Vabadussoja_Ajaloo_Komitee, lk 8
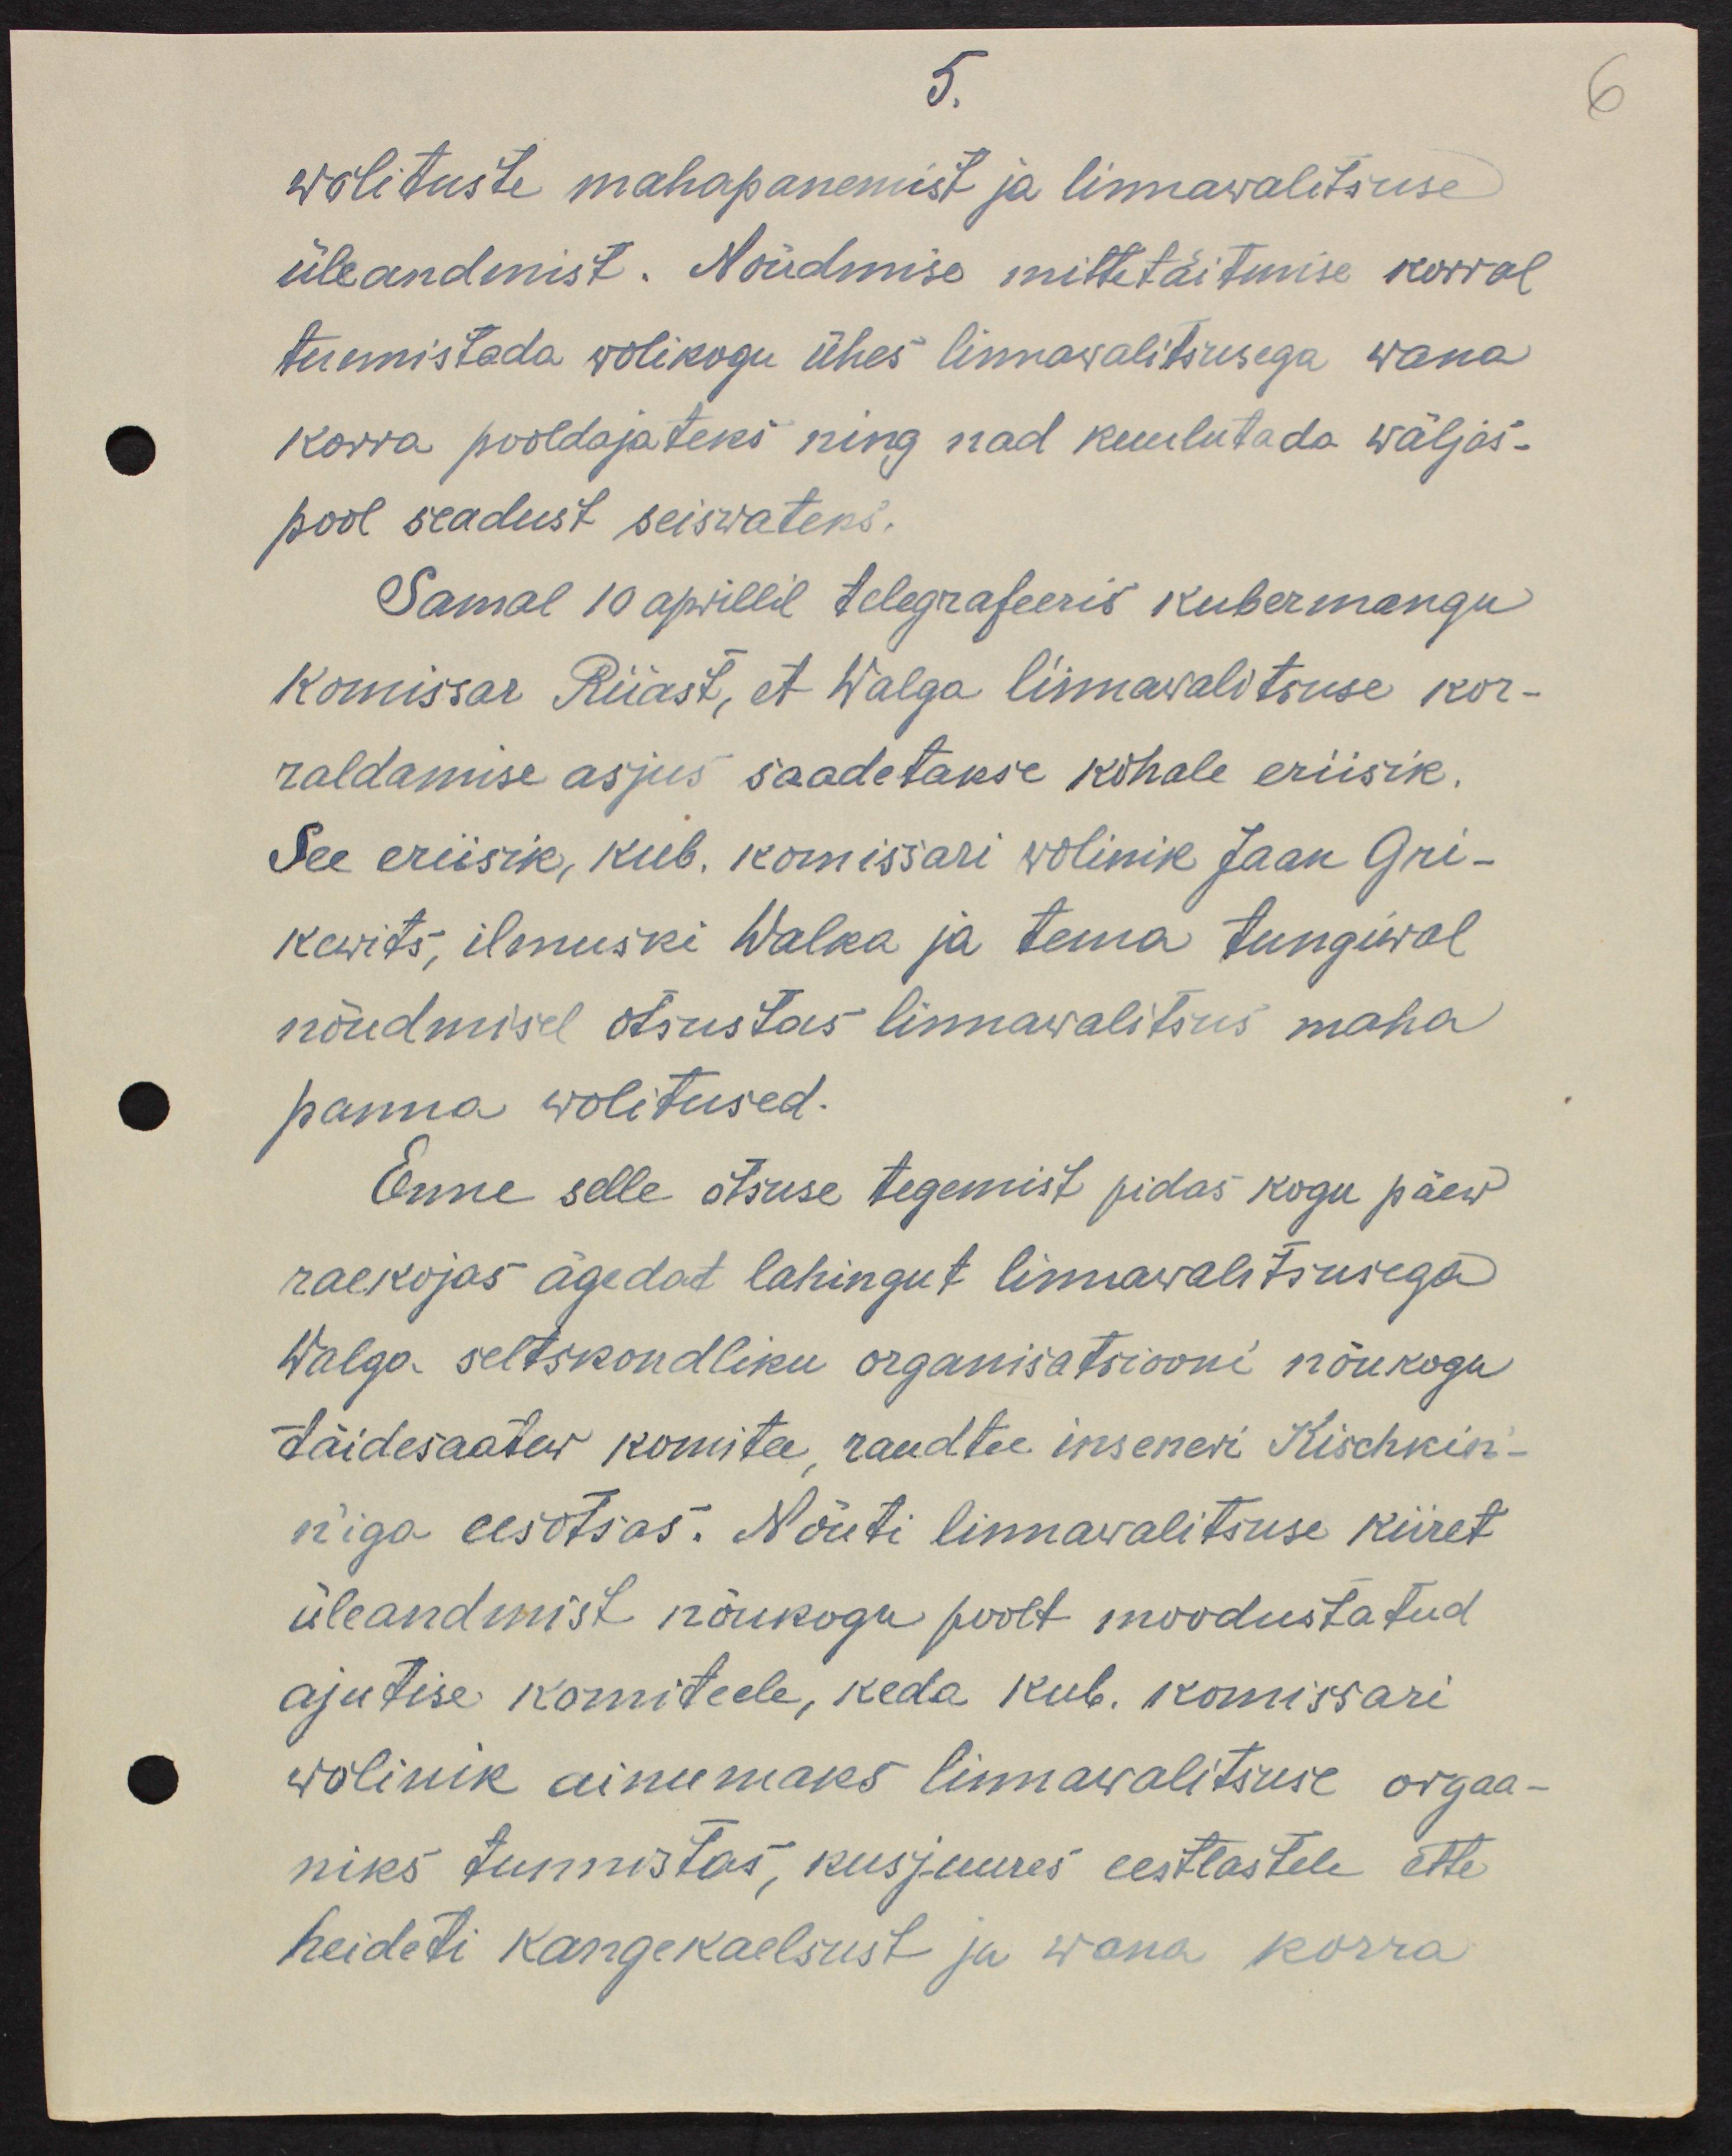
5.
wolituste mahapanemist ja linnawalitsuse
üleandmist. Nõudmise mittetäitmise korral
tunnistada wolikogu ühes linnawalitsusega wana
korra pooldajateks ning nad kuulutada wäljas-
pool seadust seiswateks.
Samal 10 aprillil telegrafeeris kubermangu
komissar Riiast, et Walga linnawalitsuse kor-
raldamise asjus saadetakse kohale eriisik.
See eriisik, kub. komissari wolinik Jaan Gri-
kewitš, ilmuski Walka ja tema tungiwal
nõudmisel otsustas linnawalitsus maha
panna wolitused.
Enne selle otsuse tegemist pidas kogu päew
raekojas ägedat lahingut linnawalitsusega
Walga seltskondliku organisatsiooni nõukogu
täidesaatew komitee, raudtee inseneri Kischkin-
n'iga eesotsas. Nõuti linnawalitsuse kiiret
üleandmist nõukogu poolt moodustatud
ajutise komiteele, keda kub. komissari
wolinik ainumaks linnawalitsuse orgaa-
niks tunnistas, kusjuures eestlastele ette
heideti kangekaelsust ja wana korra